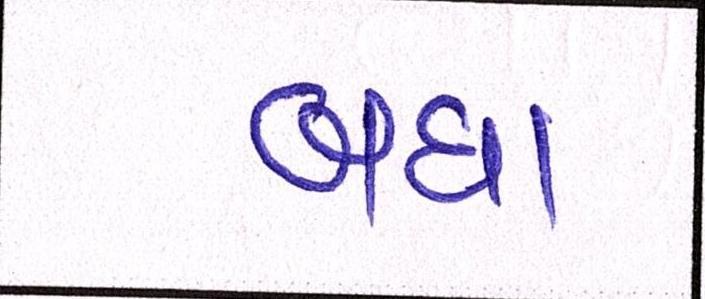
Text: બધા